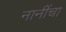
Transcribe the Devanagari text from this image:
नानींचा